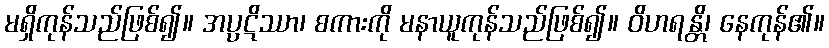
မရှိကုန်သည်ဖြစ်၍။ အပ္ပဋိဿာ၊ စကားကို မနာယူကုန်သည်ဖြစ်၍။ ဝိဟရန္တိ၊ နေကုန်၏။